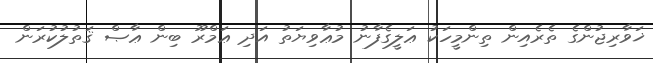
ޚަވާރިޖުންގެ ތެރެއިން ތިންމީހަކު ޢަލީގެފާނު މުޢާވިޔަތު އަދި ޢަމްރޫ ބިން ޢާޞް ޤަތުލުކުރަން